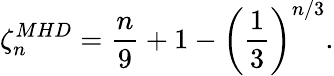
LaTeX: \zeta_{n}^{MHD}=\frac{n}{9}+1-\left(\frac{1}{3}\right)^{n/3}.